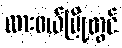
ထားဝယ်မြို့တွင်